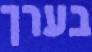
בערך